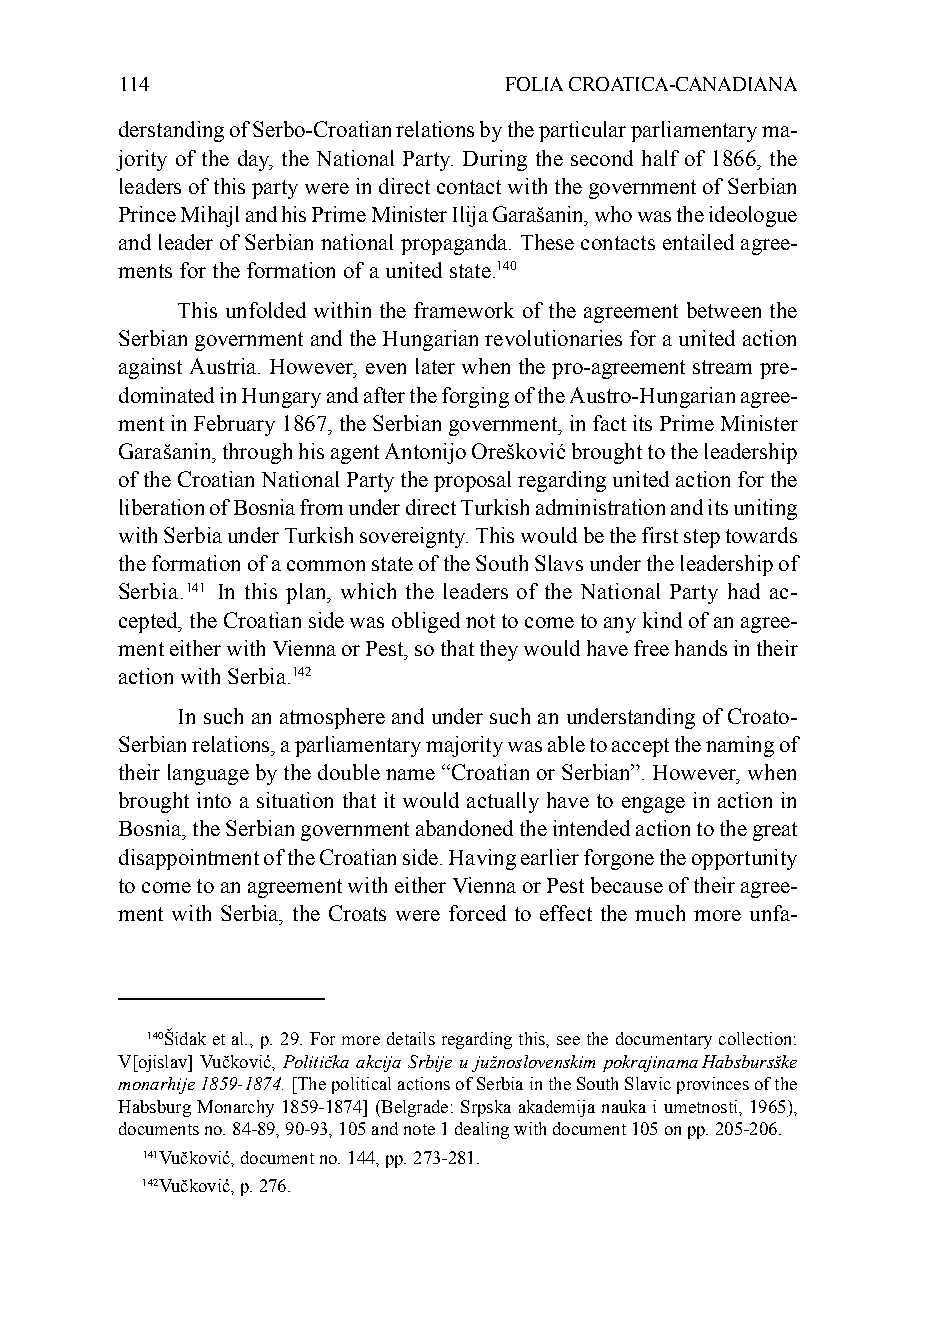
114                      FOLIA CROATICA-CANADIANA
 derstanding of Serbo-Croatian relations by the particular parliamentary ma-
 jority of the day, the National Party. During the second half of 1866, the
 leaders of this party were in direct contact with the government of Serbian
 Prince Mihajl and his Prime Minister Ilija Garašanin, who was the ideologue
 and leader of Serbian national propaganda. These contacts entailed agree-
 ments for the formation of a united state.140
 This unfolded within the framework of the agreement between the
 Serbian government and the Hungarian revolutionaries for a united action
 against Austria. However, even later when the pro-agreement stream pre-
 dominated in Hungary and after the forging of the Austro-Hungarian agree-
 ment in February 1867, the Serbian government, in fact its Prime Minister
 Garašanin, through his agent Antonijo Orešković brought to the leadership
 of the Croatian National Party the proposal regarding united action for the
 liberation of Bosnia from under direct Turkish administration and its uniting
 with Serbia under Turkish sovereignty. This would be the first step towards
 the formation of a common state of the South Slavs under the leadership of
 Serbia.141 In this plan, which the leaders of the National Party had ac-
 cepted, the Croatian side was obliged not to come to any kind of an agree-
 ment either with Vienna or Pest, so that they would have free hands in their
 action with Serbia.142
 In such an atmosphere and under such an understanding of Croato-
 Serbian relations, a parliamentary majority was able to accept the naming of
 their language by the double name “Croatian or Serbian”. However, when
 brought into a situation that it would actually have to engage in action in
 Bosnia, the Serbian government abandoned the intended action to the great
 disappointment of the Croatian side. Having earlier forgone the opportunity
 to come to an agreement with either Vienna or Pest because of their agree-
 ment with Serbia, the Croats were forced to effect the much more unfa-
 140Šidak et al., p. 29. For more details regarding this, see the documentary collection:
 V[ojislav] Vučković, Politička akcija Srbije u južnoslovenskim pokrajinama Habsbursške
 monarhije 1859-1874. [The political actions of Serbia in the South Slavic provinces of the
 Habsburg Monarchy 1859-1874] (Belgrade: Srpska akademija nauka i umetnosti, 1965),
 documents no. 84-89, 90-93, 105 and note 1 dealing with document 105 on pp. 205-206.
 141Vučković, document no. 144, pp. 273-281.
 142Vučković, p. 276.